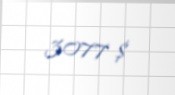
3077 $